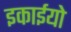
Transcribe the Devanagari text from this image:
इकाईयो